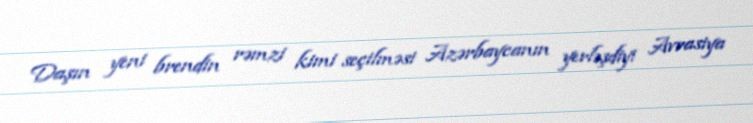
Daşın yeni brendin rəmzi kimi seçilməsi Azərbaycanın yerləşdiyi Avrasiya